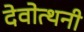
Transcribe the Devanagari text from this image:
देवोत्थनी